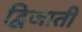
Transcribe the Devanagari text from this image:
द्विजाती